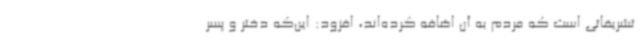
تشریفاتی است که مردم به آن اضافه کرده‌اند، افزود: این‌که دختر و پسر